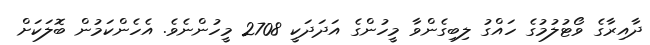
ދާއިރާގެ ވޯޓުލުމުގެ ހައްގު ލިބިގެންވާ މީހުންގެ އަދަދަކީ 2708 މީހުންނެވެ. އެހެންކަމުން ބޮލަކަށް